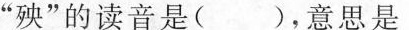
”殃”的读音是()，意思是